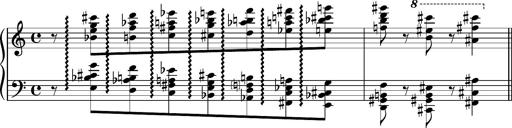
Title: 5 Album-Leaves, S.166f
Composer: Franz Liszt
Key: A minor